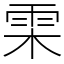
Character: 雬